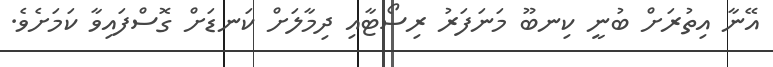
އޭނާ އިތުރަށް ބުނީ ކިނބޫ މަނަފަރު ރިސޯޓާއި ދިމާލަށް ކަނޑަށް ގޮސްފައިވާ ކަމަށެވެ.